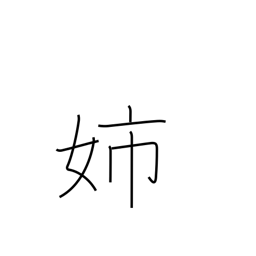
Meaning: elder sister